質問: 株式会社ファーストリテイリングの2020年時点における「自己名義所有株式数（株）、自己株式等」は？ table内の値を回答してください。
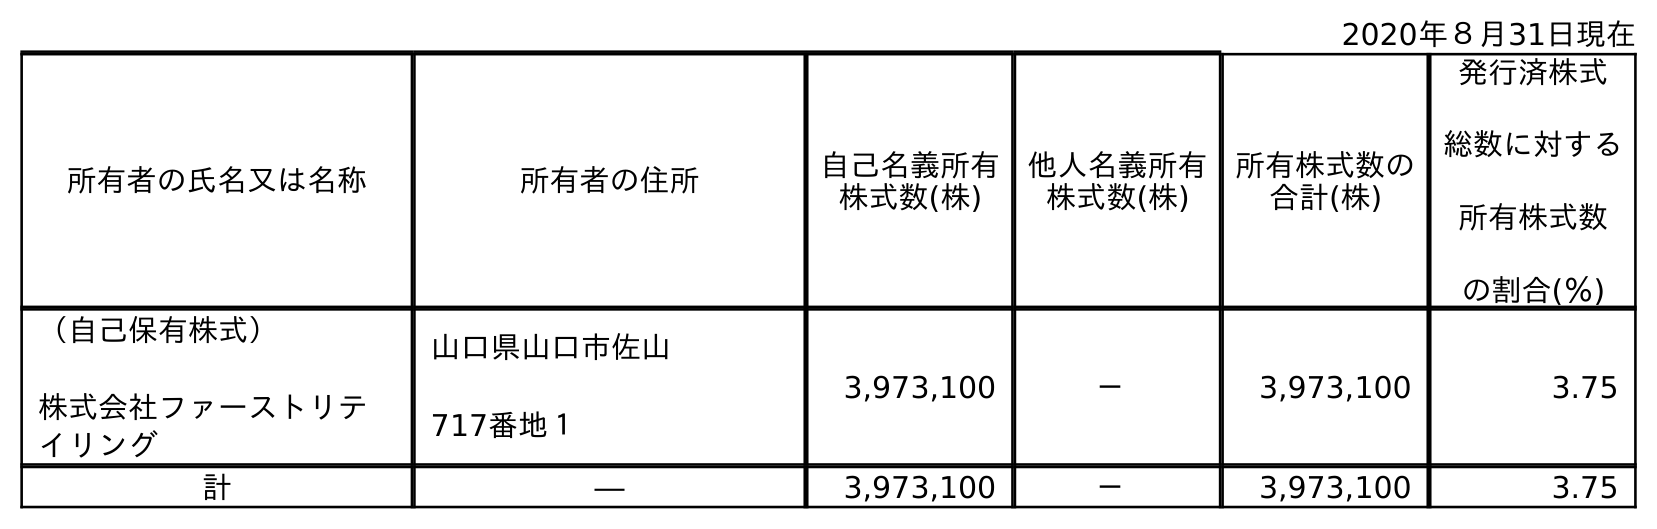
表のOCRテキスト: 2020年８月31日現在 所有者の氏名又は名称 所有者の住所 自己名義所有 株式数(株) 他人名義所有 株式数(株) 所有株式数の 合計(株) 発行済株式 総数に対する 所有株式数 の割合(％) （自己保有株式） 株式会社ファーストリテ イリング 山口県山口市佐山 717番地１ 3,973,100 － 3,973,100 3.75 計 ― 3,973,100 － 3,973,100 3.75
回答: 3,973,100